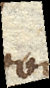
Quod